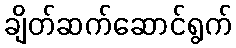
ချိတ်ဆက်ဆောင်ရွက်